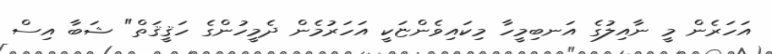
އަހަރެން މީ ނާއިލުގެ އަނބިމީހާ މިކައިވެންޏަކީ އަހަރުމެން ދެމީހުންގެ ހަޤީޤަތް" ޝަބާ އިސް